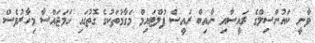
ވާނީ ކައުންސިލްގެ ރައީސާއި ނާއިބް ރައީސް ފުލްޓައިމް މަގާމުތަކުގެ ގޮތުގައި ހަމަޖައްސާ މިހާރުވެސް